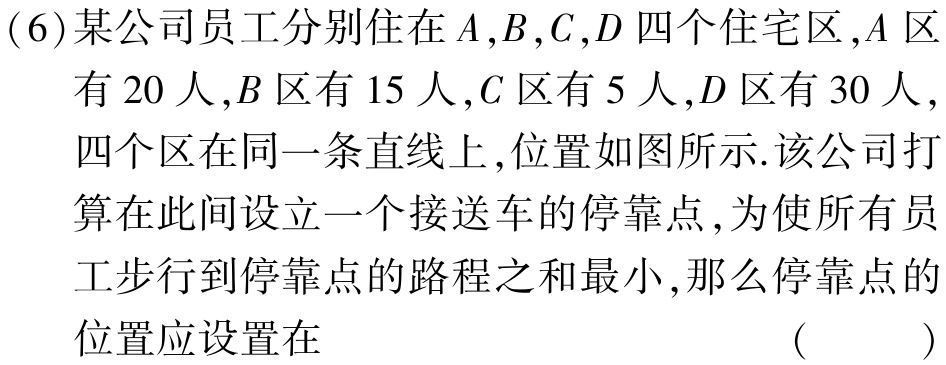
(6)某公司员工分别住在\(A,B,C,D\)四个住宅区，\(A\)区有\(20\)人，\(B\)区有\(15\)人，\(C\)区有\(5\)人，\(D\)区有\(30\)人，四个区在同一条直线上，位置如图所示. 该公司打算在此间设立一个接送车的停靠点，为使所有员工步行到停靠点的路程之和最小，那么停靠点的位置应设置在 （  ）